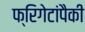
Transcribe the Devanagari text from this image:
फ्रिगेटांपैकी